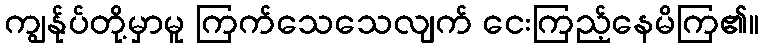
ကျွန်ုပ်တို့မှာမူ ကြက်သေသေလျက် ငေးကြည့်နေမိကြ၏။